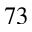
^ { 7 3 }